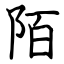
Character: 陌